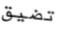
تضيق